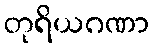
တုရိယဂဏာ